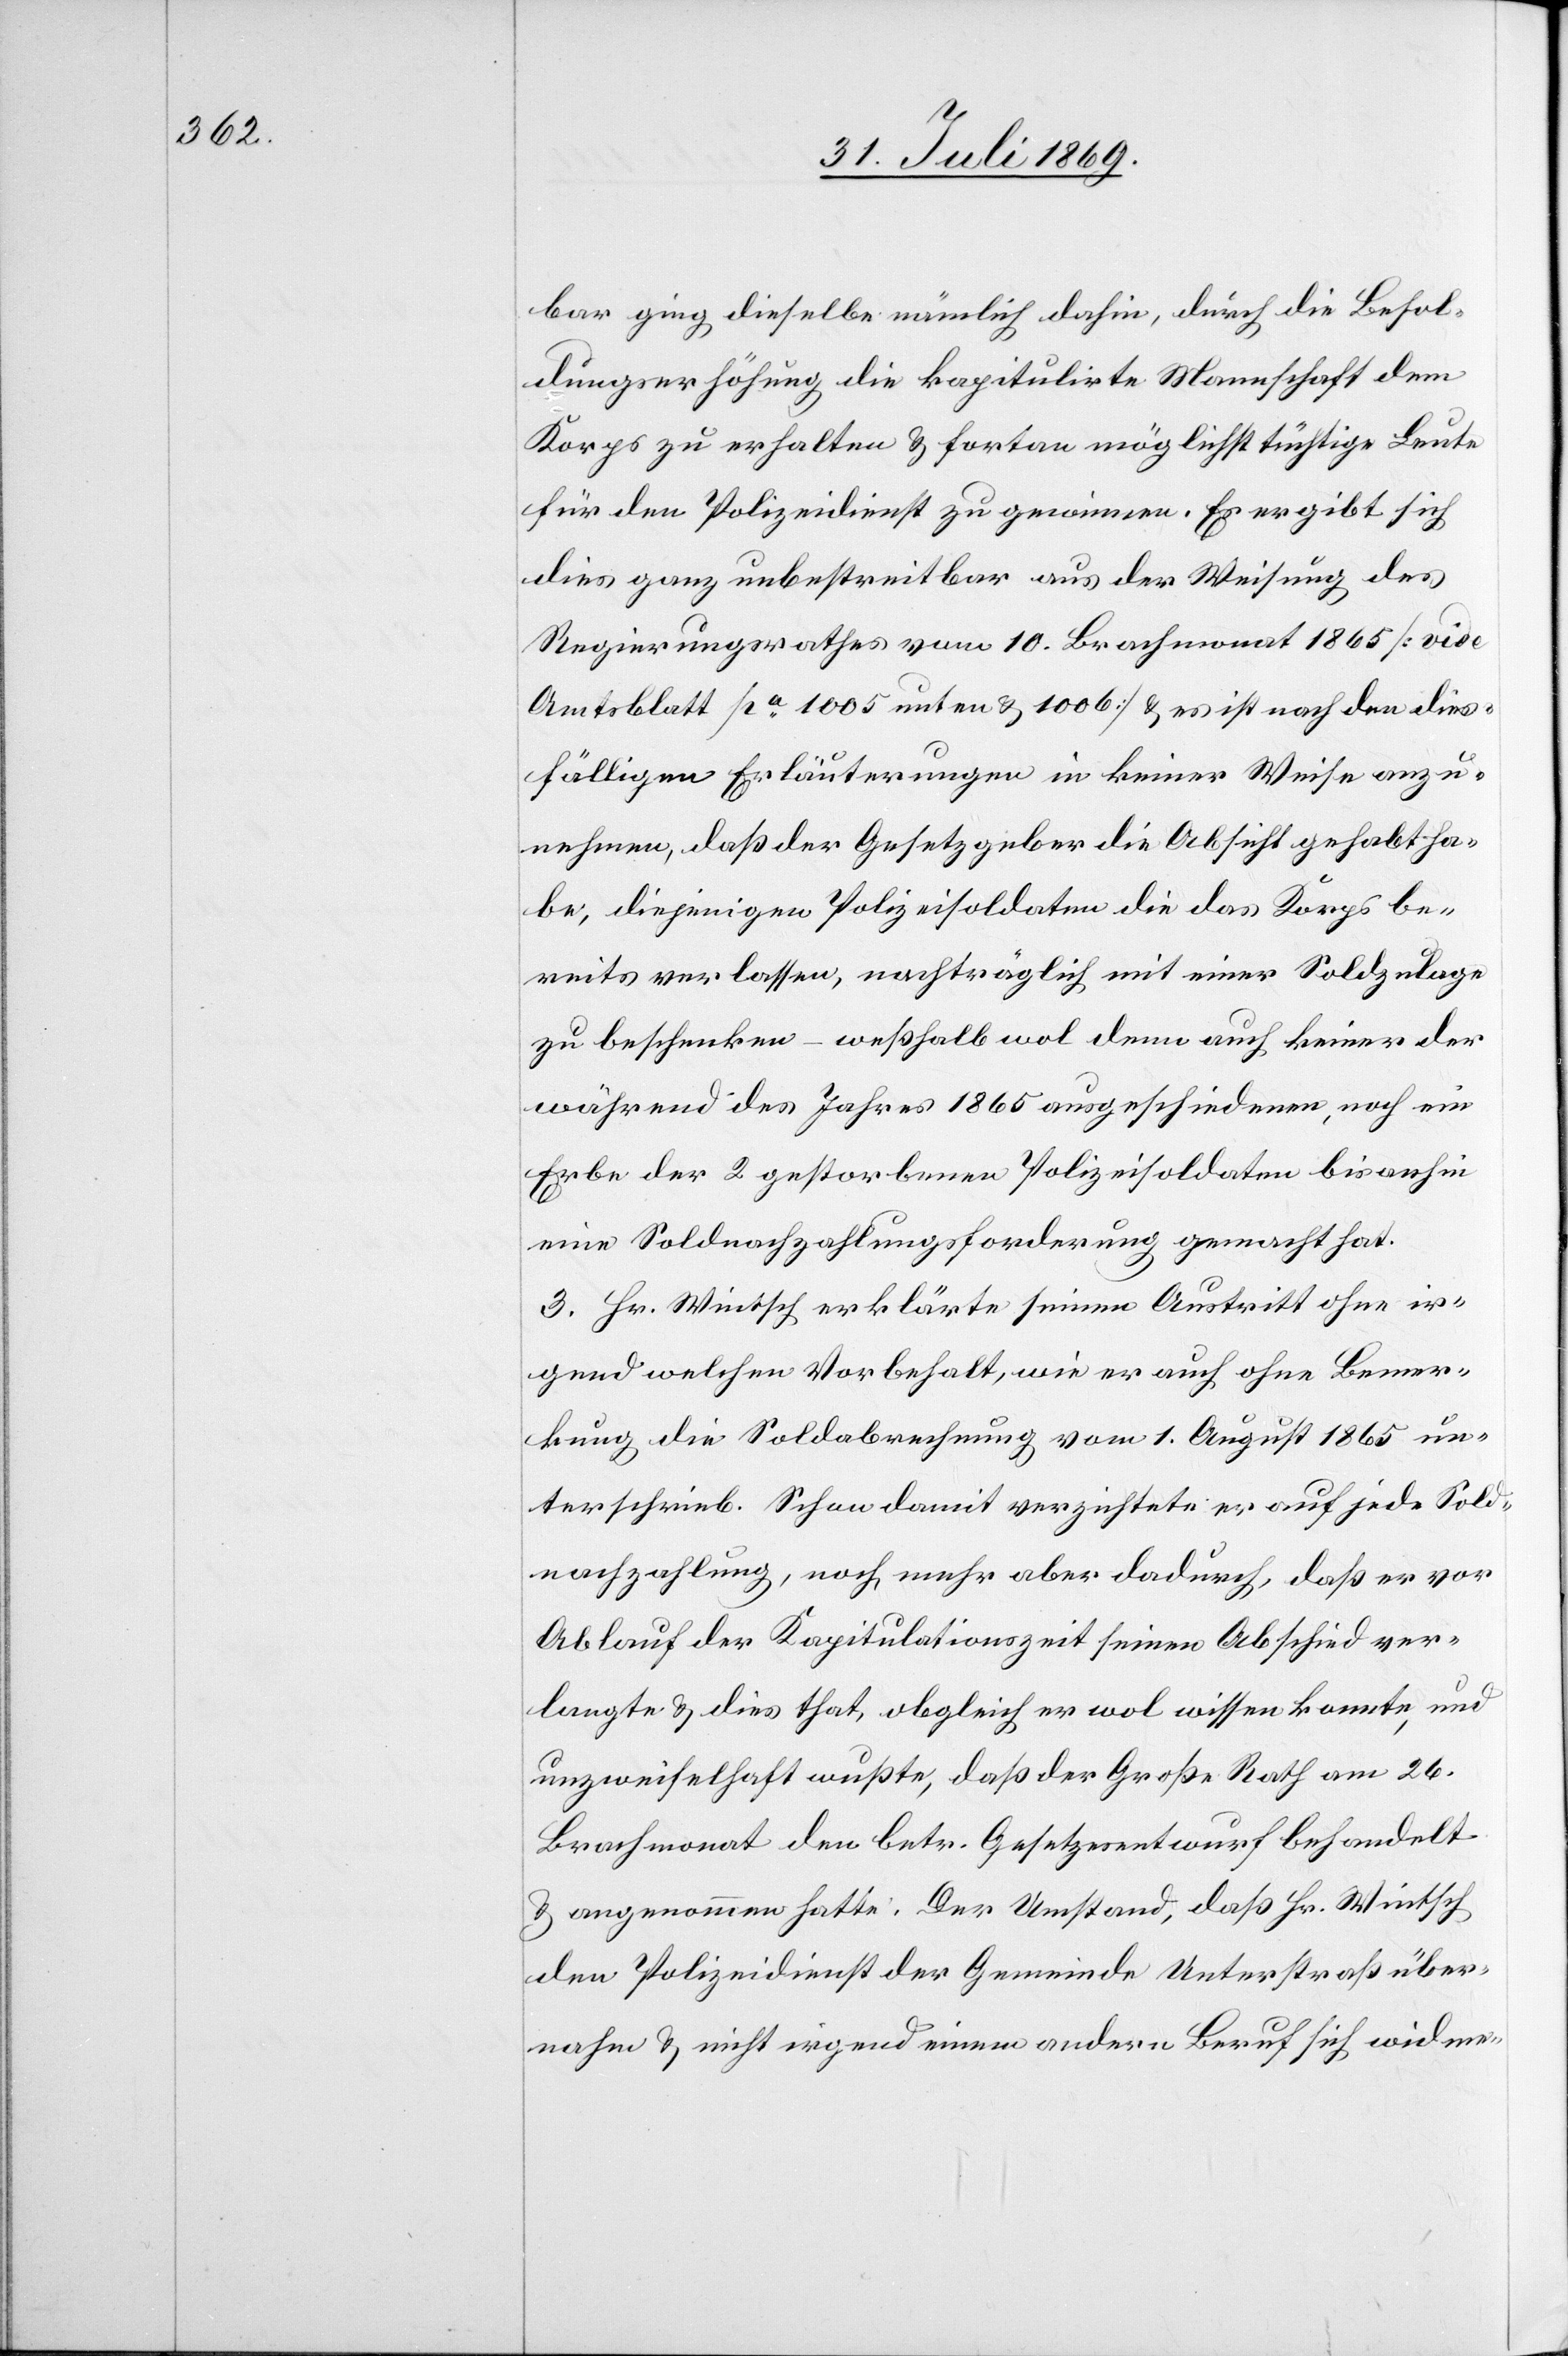
bar ging dieselbe nämlich dahin, durch die Besol¬
dungserhöhung die kapitulirte Mannschaft dem
Korps zu erhalten u. fortan möglichst tüchtige Leute
für den Polizeidienst zu gewinnen. Es ergibt sich
dies ganz unbestreitbar aus der Weisung des
Regierungsrathes vom 10. Brachmonat 1865 [vide
Amtsblatt pa 1005 unten u. 1006] u. es ist nach den dies¬
fälligen Erläuterungen in keiner Weise anzu¬
nehmen, daß der Gesetzgeber die Absicht gehabt ha¬
be, diejenigen Polizeisoldaten die das Korps be¬
reits verlassen, nachträglich mit einer Soldzulage
zu beschenken – weßhalb wol denn auch keiner der
während des Jahres 1865 ausgeschiedenen, noch ein
Erbe der 2 gestorbenen Polizeisoldaten bisanhin
eine Soldnachzahlungsforderung gemacht hat.
3. Hr. Wintsch erklärte seinen Austritt ohne ir¬
gend welchen Vorbehalt, wie er auch ohne Bemer¬
kung die Soldabrechnung vom 1. August 1865 un¬
terschrieb. Schon damit verzichtete er auf jede Sold¬
nachzahlung, noch mehr aber dadurch, daß er vor
Ablauf der Kapitulationszeit seinen Abschied ver¬
langte u. dies that, obgleich er wol wissen konnte, und
unzweifelhafte wußte, daß der Große Rath am 26.
Brachmonat den betr. Gesetzesentwurf behandelt
u. angenommen hatte. Der Umstand, daß Hr. Wintsch
den Polizeidienst der Gemeinde Unterstraß über¬
nahm u. nicht irgend einen andern Beruf sich widme-